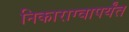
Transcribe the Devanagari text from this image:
निकाराग्वापर्यंत